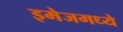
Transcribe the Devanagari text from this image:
इमेजमध्ये